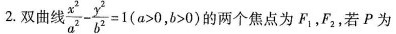
2.双曲线 $$\frac { x ^ { 2 } } { a ^ { 2 } } - \frac { y ^ { 2 } } { b ^ { 2 } } = 1$$ (a>0,b>0) 的两个焦点为F_{1}，F_{2}；，若P为